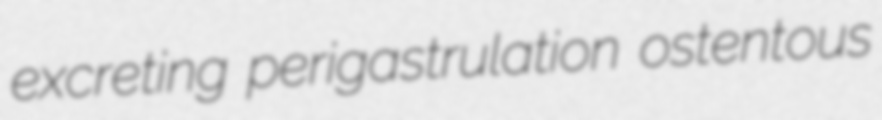
excreting perigastrulation ostentous